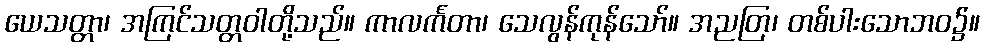
ယေသတ္တာ၊ အကြင်သတ္တဝါတို့သည်။ ကာလင်္ကတာ၊ သေလွန်ကုန်သော်။ အညတြ၊ တစ်ပါးသောဘဝ၌။